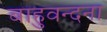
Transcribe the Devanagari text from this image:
बाहुवन्दना